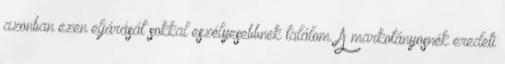
azonban ezen eljárását sokkal eszélyesebbnek találom. A markotányosnék eredeti